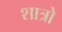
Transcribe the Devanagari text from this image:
शात्रो